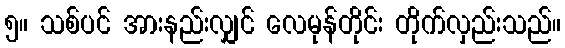
၅။ သစ်ပင် အားနည်းလျှင် လေမုန်တိုင်း တိုက်လှည်းသည်။